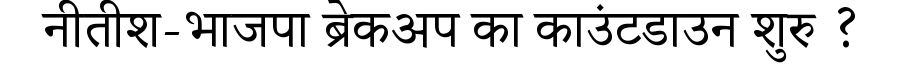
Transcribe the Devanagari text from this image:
नीतीश-भाजपा ब्रेकअप का काउंटडाउन शुरु ?